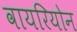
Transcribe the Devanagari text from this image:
वायरियोन